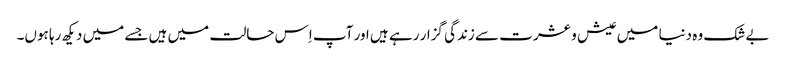
بے شک وہ دنیا میں عیش و عشرت سے زندگی گزار رہے ہیں اور آپ اِس حالت میں ہیں جسے میں دیکھ رہا ہوں۔